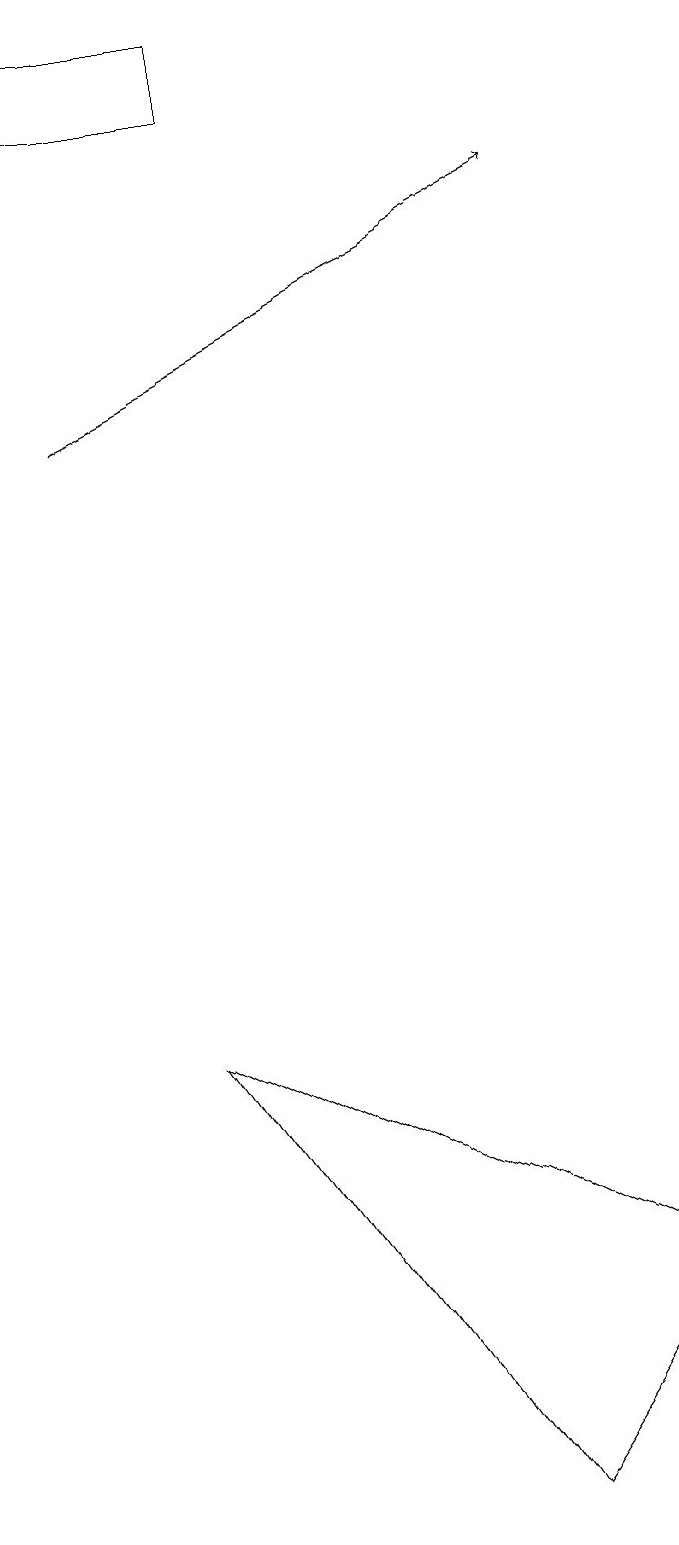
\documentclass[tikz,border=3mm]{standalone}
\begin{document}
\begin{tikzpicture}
\draw (4,18) rectangle (1,19);
\draw (3,6) -- (7,0) -- (9,3) -- cycle;
\draw[->] (2,14) -- (8,17);
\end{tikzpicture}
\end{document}